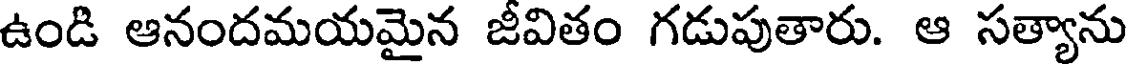
ఉండి ఆనందమయమైన జీవితం గడుపుతారు. ఆ సత్యాను